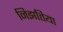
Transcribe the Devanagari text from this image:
निझतिया